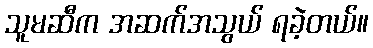
သူမဆီက အဆက်အသွယ် ရခဲ့တယ်။